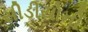
સીડીયોની